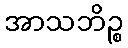
အာသဘိဉ္စ